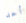
أحد